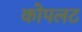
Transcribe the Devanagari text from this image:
कोपलट